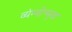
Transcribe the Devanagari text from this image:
व्यंग्योन्मुख